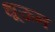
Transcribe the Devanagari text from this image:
धूऊन